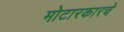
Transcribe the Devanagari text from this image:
मोटारकारचे